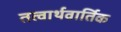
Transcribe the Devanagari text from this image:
तत्वार्थवार्तिक